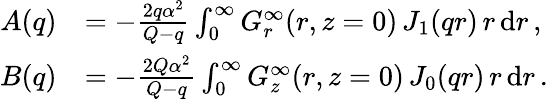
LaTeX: \begin{array}{rl}{A(q)}&{=-\frac{2q\alpha^{2}}{Q-q}\int_{0}^{\infty}G_{r}^{\infty}(r,z=0)\, J_{1}(qr)\, r\, \mathrm{d}r\, ,}\\ {B(q)}&{=-\frac{2Q\alpha^{2}}{Q-q}\int_{0}^{\infty}G_{z}^{\infty}(r,z=0)\, J_{0}(qr)\, r\, \mathrm{d}r\, .}\end{array}